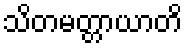
သိတမတ္တာယာတိ